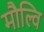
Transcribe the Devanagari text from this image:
मौल्वि